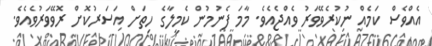
އެއްވެސް ކަމެއް ނުކުރެވޭވަރު ވެއްޖެއެވެ. މާމަ ފެނުމުން ކެމީލާގެ ހިތަށް އަސަރުކޮށް ރޮވޭވަރުވެއެވެ.